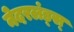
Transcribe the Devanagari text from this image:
नेदरलंड्स्